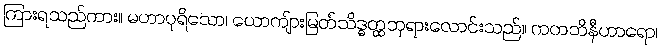
ကြားရသည်ကား။ မဟာပုရိသော၊ ယောကျ်ားမြတ်သိဒ္ဓတ္ထဘုရားလောင်းသည်။ ကတဘိနီဟာရော၊